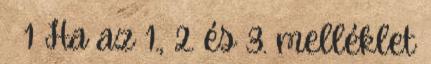
§ 1 Ha az 1., 2. és 3. melléklet